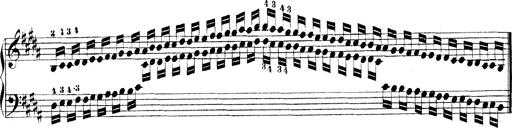
Title: Technische Studien
Composer: Franz Liszt